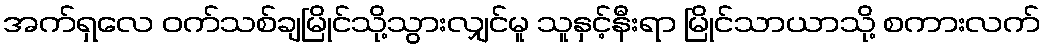
အက်ရှလေ ဝက်သစ်ချမြိုင်သို့သွားလျှင်မူ သူနှင့်နီးရာ မြိုင်သာယာသို့ စကားလက်